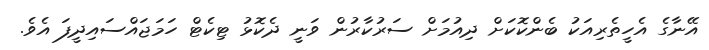
އޭނާގެ އެހީތެރިއަކު ބެންކޮކަށް ދިއުމަށް ސަރުކާރުން ވަނީ ދެކޮޅު ޓިކެޓް ހަމަޖައްސައިދީފަ އެވެ.